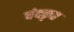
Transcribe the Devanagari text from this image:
चंदकृत